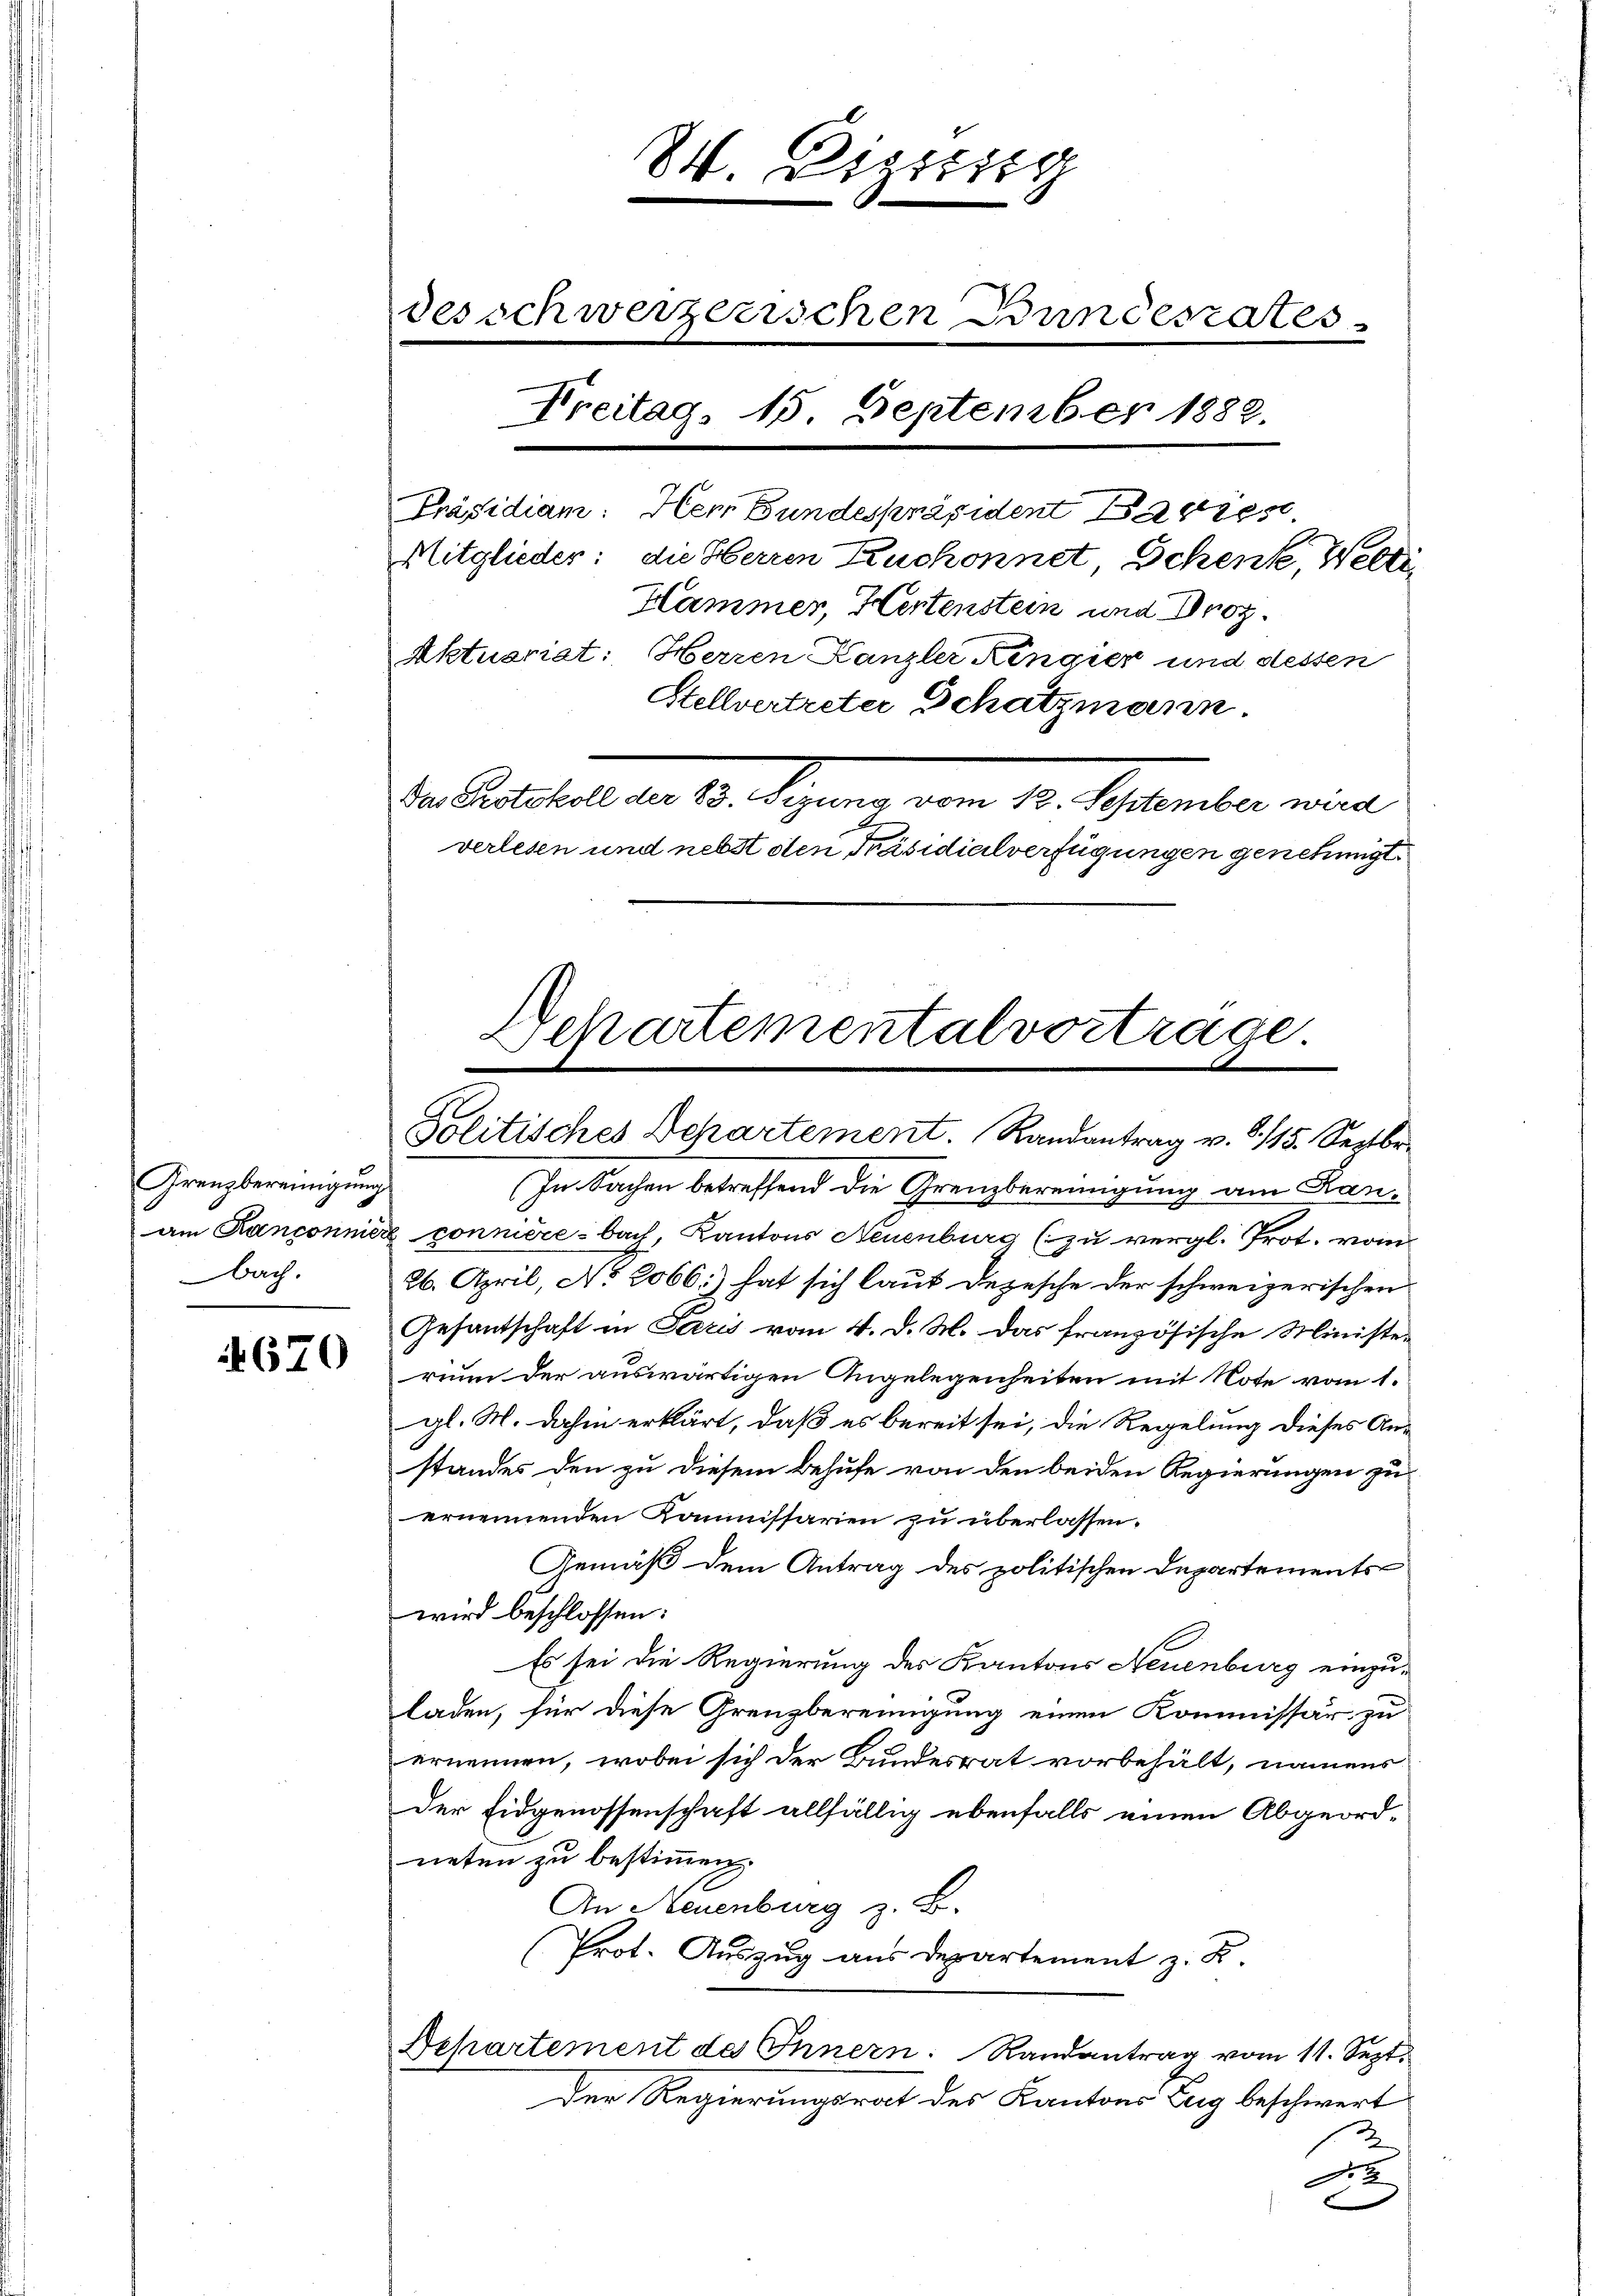
670

Grenzbereinigung
bach.

84. Digierig
des schweizerischen Bundesrates
Freitag, 15 September 1888.

Präsidiam: Herr Bundespräsident Bavies
Mitglieder: die Herren Ruchonnet, Schenke, Welti
Hammer, Hertenstein und Droz.
Aktuariat: Herren Kanzlei Kingier und dessen
Stellvertreter Schatzmann.
Die Paterieli am 10. Segnung vom 10. September eine
verlesen und nebst den Präsidialverfügungen genehmigt.

Departementalvorträge.
Politisches Departement. Randantrag v. 3. 115. Septbr.

In Sachen betreffend die Grenzbereinigung am Ranam Kanconnier connierebach, Kantons Neuenburg (zu vergl. Prot. vom
26. April, No 2066.) hat sich laut Depesche der schweizerischen
Gesantschaft in Paris vom 4. d. M. das französische Ministe-
rium der auswärtigen Angelegenheiten mit Note vom 1.
gl. M. dahin erklärt, daß es bereit sei, die Regelung dieses Anstandes den zu diesem Behufe von den beiden Regierungen zu
ernennenden Kommissarien zu überlassen.
Gemäß dem Antrag des politischen Departementswird beschlossen:
Es sei die Regierung des Kantons Neuenburg einzuladen, für diese Grenzbereinigung einen Kommissär zu
ernennen, wobei sich der Bundesrat vorbehält, namens
Der Eidgenossenschaft allfällig ebenfalls einen Abgeord-
neten zu bestimmen.
An Neuenburg z. B.
Prot. Auszug aus Departement z. B.
Departement des Innern. Randantrag vom 11. Sept.
Der Regierungsrat des Kantons Zug beschwert
u
E